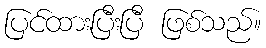
ပြင်ထားပြီးပြီ ဖြစ်သည်။